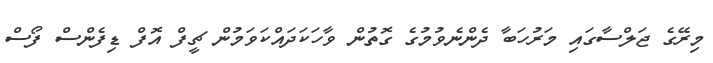
މިރޭގެ ޖަލްސާގައި މަރުހަބާ ދެންނެވުމުގެ ގޮތުން ވާހަކަދައްކަވަމުން ޗީފް އޮފް ޑިފެންސް ފޯސް